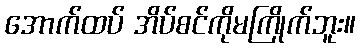
အောက်ထပ် အိပ်စင်ကိုမကြိုက်ဘူး။